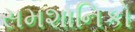
સમશાનિકો